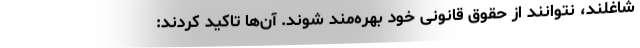
شاغلند، نتوانند از حقوق قانونی خود بهره‌مند شوند. آن‌ها تاکید کردند: